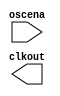

module int_osc (
	oscena,
	clkout);	

	input		oscena;
	output		clkout;
endmodule